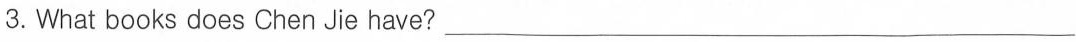
3.What books does Chen Jie have? ___